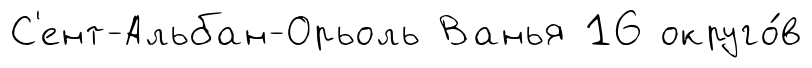
С'ент-Альбан-Орьоль Ванья 16 округо́в